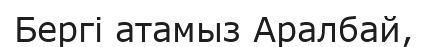
Бергі атамыз Аралбай,